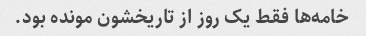
خامه‌ها فقط یک روز از تاریخشون مونده بود.